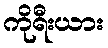
ကိုရီးယား